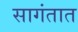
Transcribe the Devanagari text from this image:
सागंतात